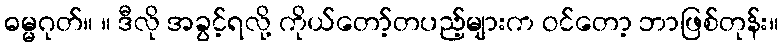
ဓမ္မဂုတ်။ ။ ဒီလို အခွင့်ရလို့ ကိုယ်တော့်တပည့်များက ဝင်တော့ ဘာဖြစ်တုန်း။